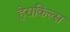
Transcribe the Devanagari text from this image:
हेराकिल्स